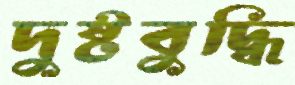
দুষ্টবুদ্ধি